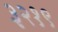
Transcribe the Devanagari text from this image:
३२१९